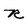
Character: R